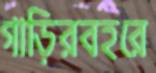
গাড়িরবহরে